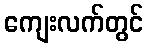
ကျေးလက်တွင်